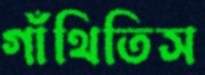
গাঁথিতিস